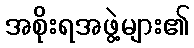
အစိုးရအဖွဲ့များ၏